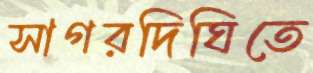
সাগরদিঘিতে